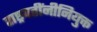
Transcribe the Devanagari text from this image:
राष्ट्रपतींनीनियुक्त